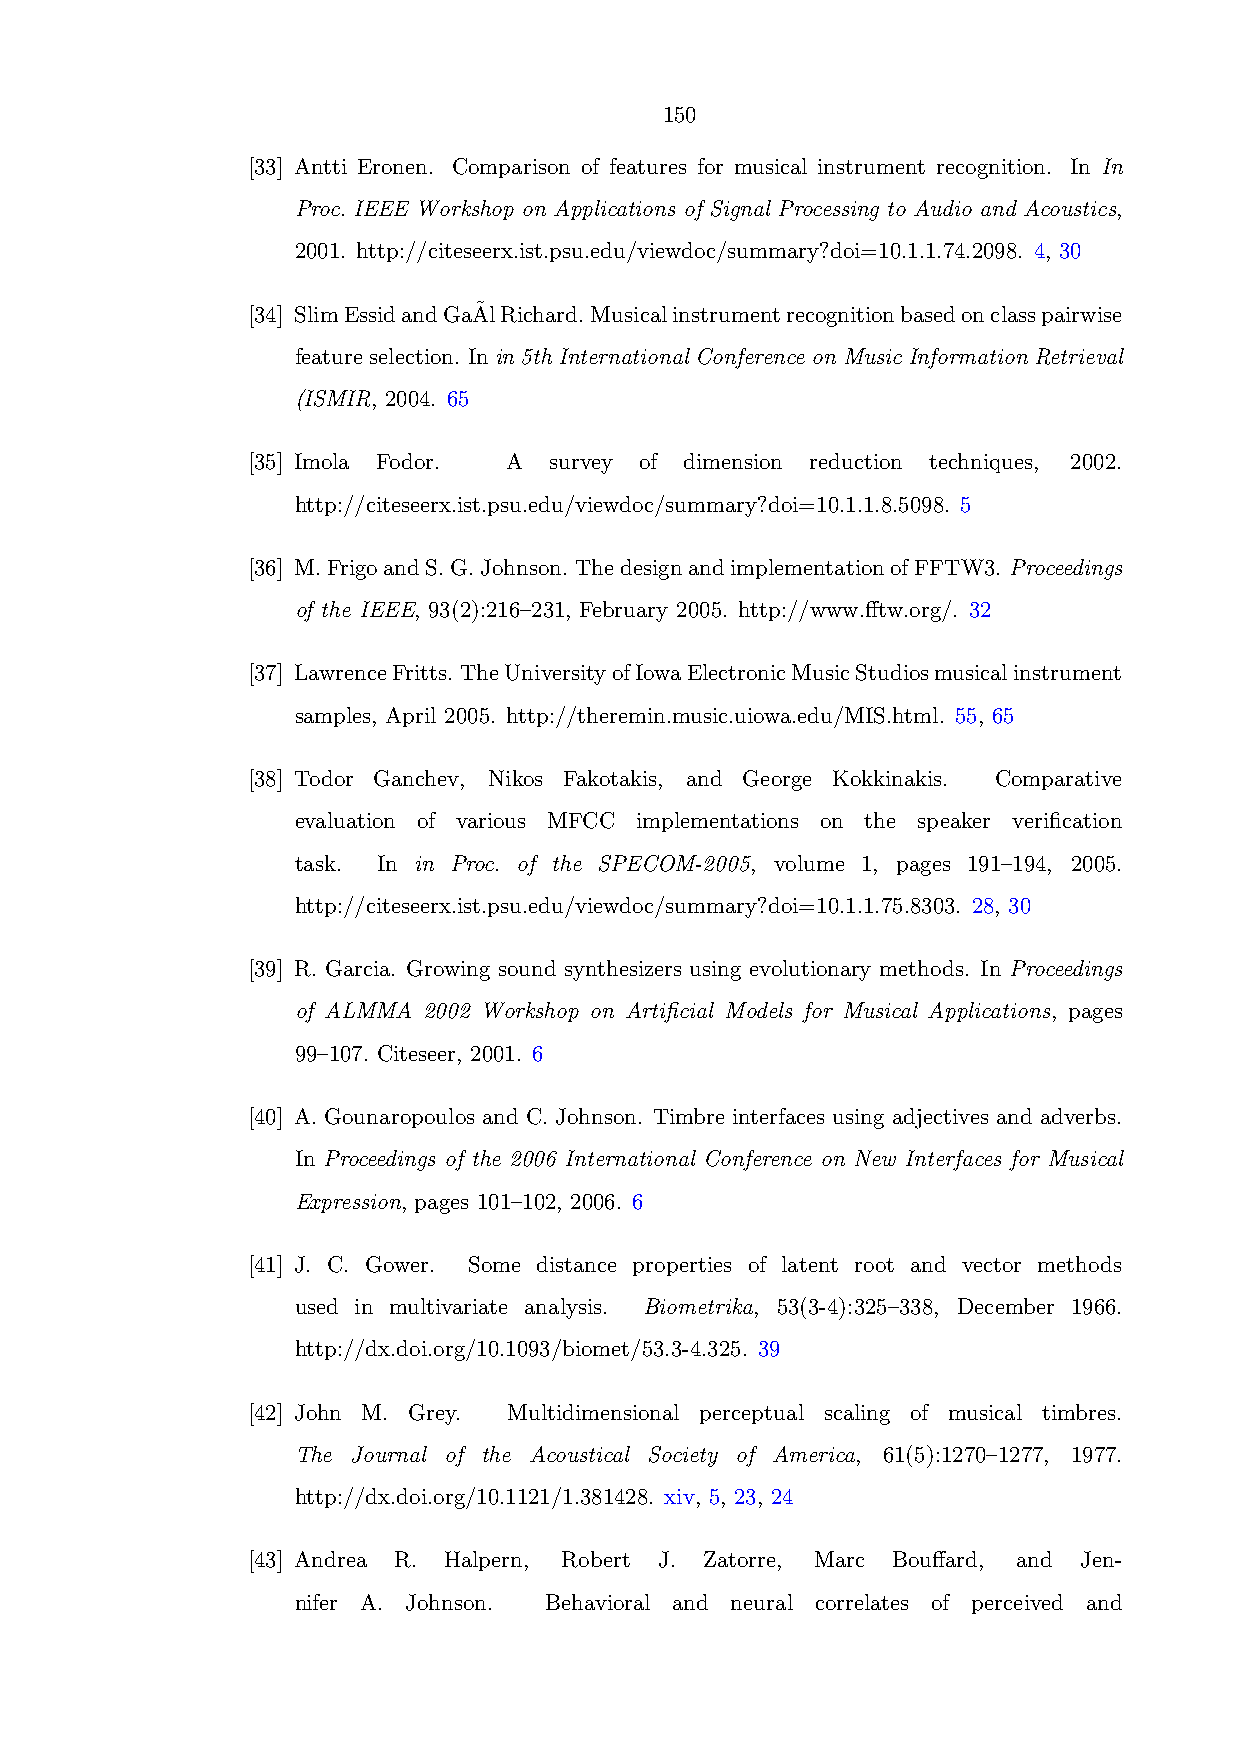
150
 [33] Antti Eronen. Comparison of features for musical instrument recognition. In In
 Proc. IEEE Workshop on Applications of Signal Processing to Audio and Acoustics,
 2001. http://citeseerx.ist.psu.edu/viewdoc/summary?doi=10.1.1.74.2098. 4, 30
 [34] SlimEssidandGaA˜lRichard.Musicalinstrumentrecognitionbasedonclasspairwise
 featureselection. Inin 5th International Conference on Music Information Retrieval
 (ISMIR, 2004. 65
 [35] Imola Fodor. A survey of dimension reduction techniques, 2002.
 http://citeseerx.ist.psu.edu/viewdoc/summary?doi=10.1.1.8.5098. 5
 [36] M.FrigoandS.G.Johnson. ThedesignandimplementationofFFTW3. Proceedings
 of the IEEE, 93(2):216–231, February 2005. http://www.fftw.org/. 32
 [37] LawrenceFritts. TheUniversityofIowaElectronicMusicStudiosmusicalinstrument
 samples, April 2005. http://theremin.music.uiowa.edu/MIS.html. 55, 65
 [38] Todor Ganchev, Nikos Fakotakis, and George Kokkinakis. Comparative
 evaluation of various MFCC implementations on the speaker verification
 task. In in Proc. of the SPECOM-2005, volume 1, pages 191–194, 2005.
 http://citeseerx.ist.psu.edu/viewdoc/summary?doi=10.1.1.75.8303. 28, 30
 [39] R. Garcia. Growing sound synthesizers using evolutionary methods. In Proceedings
 of ALMMA 2002 Workshop on Artificial Models for Musical Applications, pages
 99–107. Citeseer, 2001. 6
 [40] A. Gounaropoulos and C. Johnson. Timbre interfaces using adjectives and adverbs.
 In Proceedings of the 2006 International Conference on New Interfaces for Musical
 Expression, pages 101–102, 2006. 6
 [41] J. C. Gower. Some distance properties of latent root and vector methods
 used in multivariate analysis. Biometrika, 53(3-4):325–338, December 1966.
 http://dx.doi.org/10.1093/biomet/53.3-4.325. 39
 [42] John M. Grey. Multidimensional perceptual scaling of musical timbres.
 The Journal of the Acoustical Society of America, 61(5):1270–1277, 1977.
 http://dx.doi.org/10.1121/1.381428. xiv, 5, 23, 24
 [43] Andrea R. Halpern, Robert J. Zatorre, Marc Bouffard, and Jen-
 nifer A. Johnson. Behavioral and neural correlates of perceived and